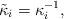
LaTeX: \begin{align*}\tilde{\kappa}_i = \kappa_i^{-1},\end{align*}